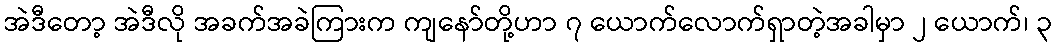
အဲဒီတော့ အဲဒီလို အခက်အခဲကြားက ကျနော်တို့ဟာ ၇ ယောက်လောက်ရှာတဲ့အခါမှာ ၂ ယောက်၊ ၃